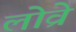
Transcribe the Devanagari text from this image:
लोव्रे